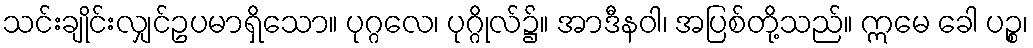
သင်းချိုင်းလျှင်ဥပမာရှိသော။ ပုဂ္ဂလေ၊ ပုဂ္ဂိုလ်၌။ အာဒီနဝါ၊ အပြစ်တို့သည်။ ဣမေ ခေါ ပဉ္စ၊